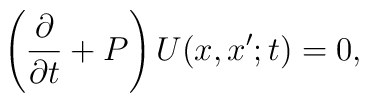
\left({\partial \over \partial t}+P \right)U(x,x';t)=0,